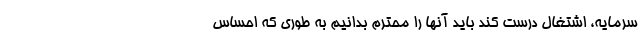
سرمایه، اشتغال درست کند باید آنها را محترم بدانیم به طوری که احساس